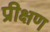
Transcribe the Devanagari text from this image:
प्रीक्षण